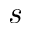
s